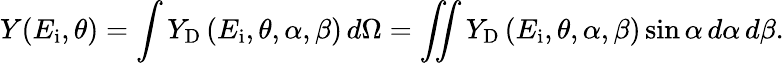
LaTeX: Y(E_{\mathrm{i}},\theta)=\int Y_{\mathrm{D}}\left(E_{\mathrm{i}},\theta,\alpha,\beta\right)\, d\Omega=\iint Y_{\mathrm{D}}\left(E_{\mathrm{i}},\theta,\alpha,\beta\right)\sin\alpha\, d\alpha\, d\beta.